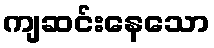
ကျဆင်းနေသော